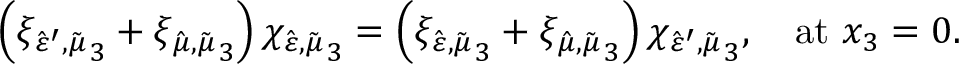
\left( { \xi _ { \hat { \varepsilon } ^ { \prime } , \tilde { \mu } } } _ { 3 } + { \xi _ { \hat { \mu } , \tilde { \mu } } } _ { 3 } \right) { \chi _ { \hat { \varepsilon } , \tilde { \mu } } } _ { 3 } = \left( { \xi _ { \hat { \varepsilon } , \tilde { \mu } } } _ { 3 } + { \xi _ { \hat { \mu } , \tilde { \mu } } } _ { 3 } \right) { \chi _ { \hat { \varepsilon } ^ { \prime } , \tilde { \mu } } } _ { 3 } , \quad \mathrm { a t } \ x _ { 3 } = 0 .